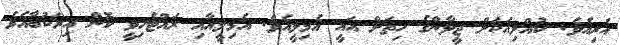
އެރިއެވެ. ކުއްލިއަކަށް ޖީލާންގެ ހިތަށް އައީ އެމިލީއެވެ. އެމިލީއާއި ރައްޓެހިވީ ކޮން އިރަކުބާއެވެ